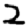
Digit: 2